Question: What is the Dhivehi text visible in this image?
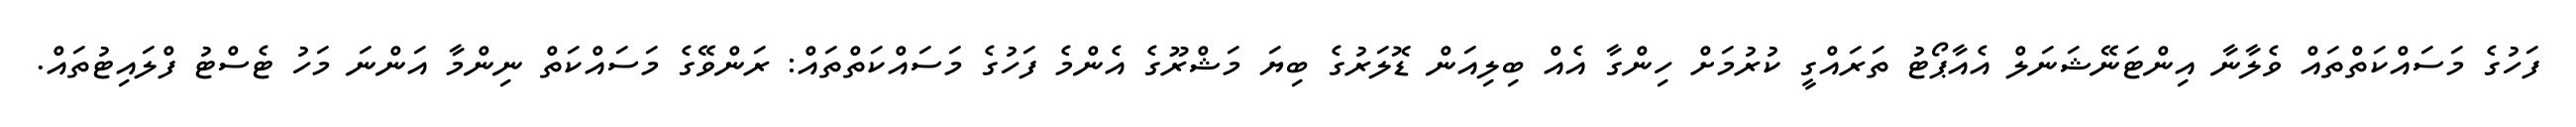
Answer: ފަހުގެ މަސައްކަތްތައް ވެލާނާ އިންޓަނޭޝަނަލް އެއާޕޯޓު ތަރައްގީ ކުރުމަށް ހިންގާ އެއް ބިލިއަން ޑޮލަރުގެ ބިޔަ މަޝްރޫގެ އެންމެ ފަހުގެ މަސައްކަތްތައް: ރަންވޭގެ މަސައްކަތް ނިންމާ އަންނަ މަހު ޓެސްޓު ފްލައިޓުތައް.